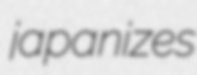
japanizes